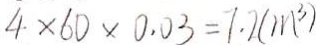
4 \times 6 0 \times 0 . 0 3 = 7 . 2 ( m ^ { 3 } )